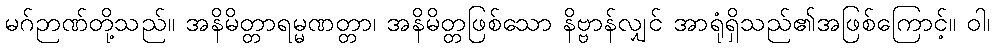
မဂ်ဉာဏ်တို့သည်။ အနိမိတ္တာရမ္မဏတ္တာ၊ အနိမိတ္တဖြစ်သော နိဗ္ဗာန်လျှင် အာရုံရှိသည်၏အဖြစ်ကြောင့်။ ဝါ၊